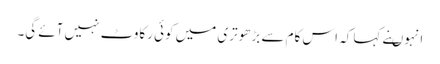
انہوںنے کہا کہ اس کام سے بڑھوتری میں کوئی رکاوٹ نہیں آئے گی۔